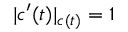
| c ^ { \prime } ( t ) | _ { c ( t ) } = 1